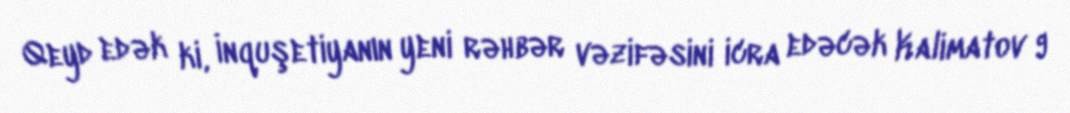
Qeyd edək ki, İnquşetiyanın yeni rəhbər vəzifəsini icra edəcək Kalimatov 9